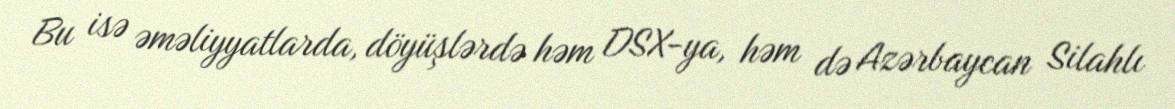
Bu isə əməliyyatlarda, döyüşlərdə həm DSX-ya, həm də Azərbaycan Silahlı